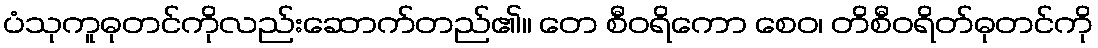
ပံသုကူဓုတင်ကိုလည်းဆောက်တည်၏။ တေ စီဝရိကော စေဝ၊ တိစီဝရိတ်ဓုတင်ကို